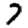
Digit: 7